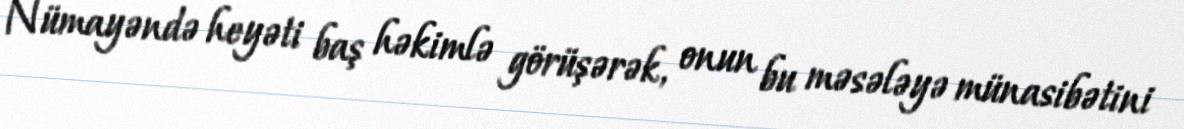
Nümayəndə heyəti baş həkimlə görüşərək, onun bu məsələyə münasibətini